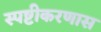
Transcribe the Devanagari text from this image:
स्पष्टीकरणास